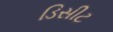
ડિસીટ